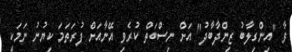
ވާ "އިންގިލާބު ޒިންދާބާދު" އަށް ނިސްބަތް ކުރެވި އޭނާއަށް ފުރަތަމަ ކިޔުނު ނަމަކީ